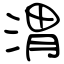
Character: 渭